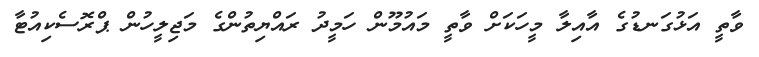
ވާތީ އަޅުގަނޑުގެ އާއިލާ މީހަކަށް ވާތީ މައުމޫން ހަމީދު ރައްޔިތުންގެ މަޖިލީހުން ޕްރޮސެކިއުޓާ